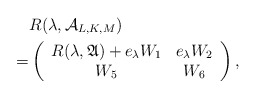
\begin{align*} &R(\lambda,\mathcal {A}_{L,K,M})\\=&\left( \begin{array}{cc} R(\lambda,\mathfrak{A})+e_\lambda W_1 & e_\lambda W_2 \\ W_5& W_6 \\ \end{array}\right),\end{align*}